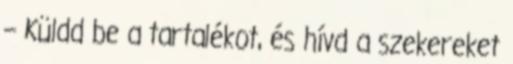
– Küldd be a tartalékot, és hívd a szekereket